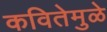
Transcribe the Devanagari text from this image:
कवितेमुळे